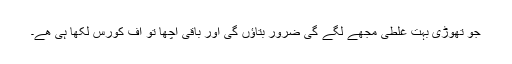
جو تھوڑی بہت غلطی مجھے لگے گی ضرور بتاؤں گی اور باقی اچھا تو آف کورس لکھا ہی ھے۔